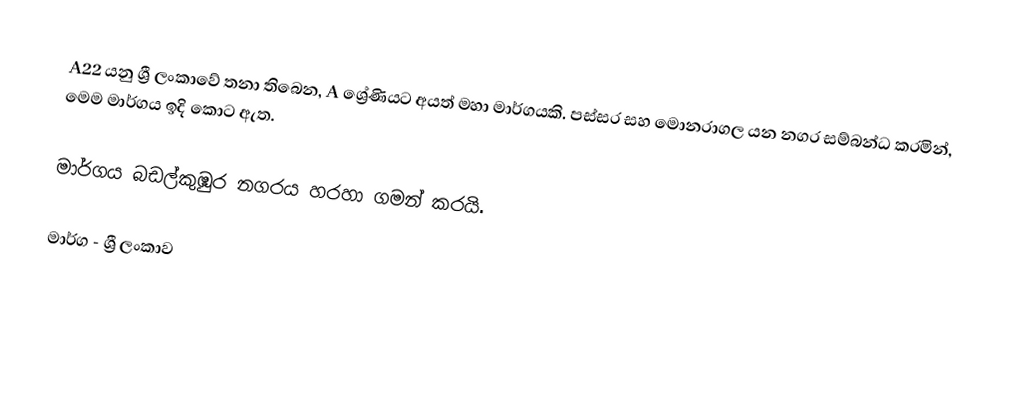
A22 යනු ශ්‍රී ලංකාවේ තනා තිබෙන, A ශ්‍රේණියට අයත් මහා මාර්ගයකි. පස්සර සහ මොනරාගල යන නගර සම්බන්ධ කරමින්, මෙම මාර්ගය ඉදි කොට ඇත.

මාර්ගය බඩල්කුඹුර නගරය හරහා ගමන් කරයි.

මාර්ග - ශ්‍රී ලංකාව